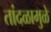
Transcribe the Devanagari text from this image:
तांदळामुळे